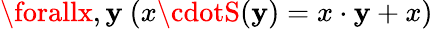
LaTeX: \forallx,\mathbf{y}\ (x\cdotS(\mathbf{y})=x\cdot\mathbf{y}+x)